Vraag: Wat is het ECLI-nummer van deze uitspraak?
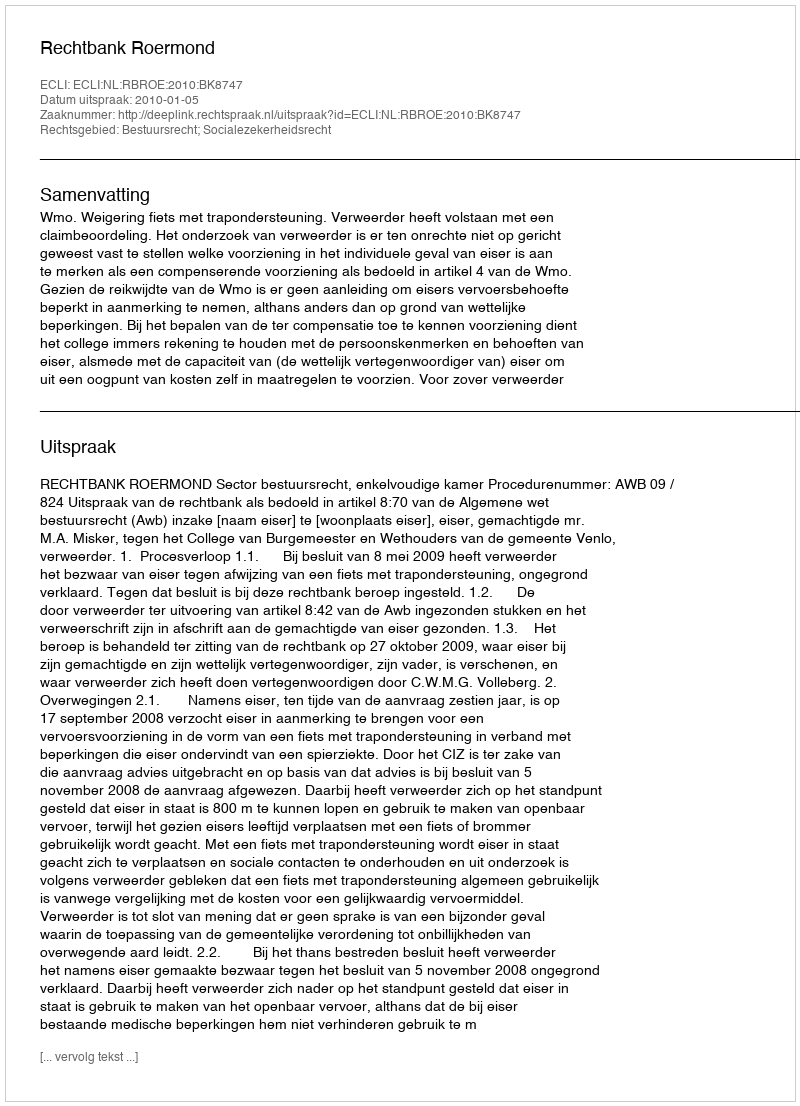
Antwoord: ECLI:NL:RBROE:2010:BK8747